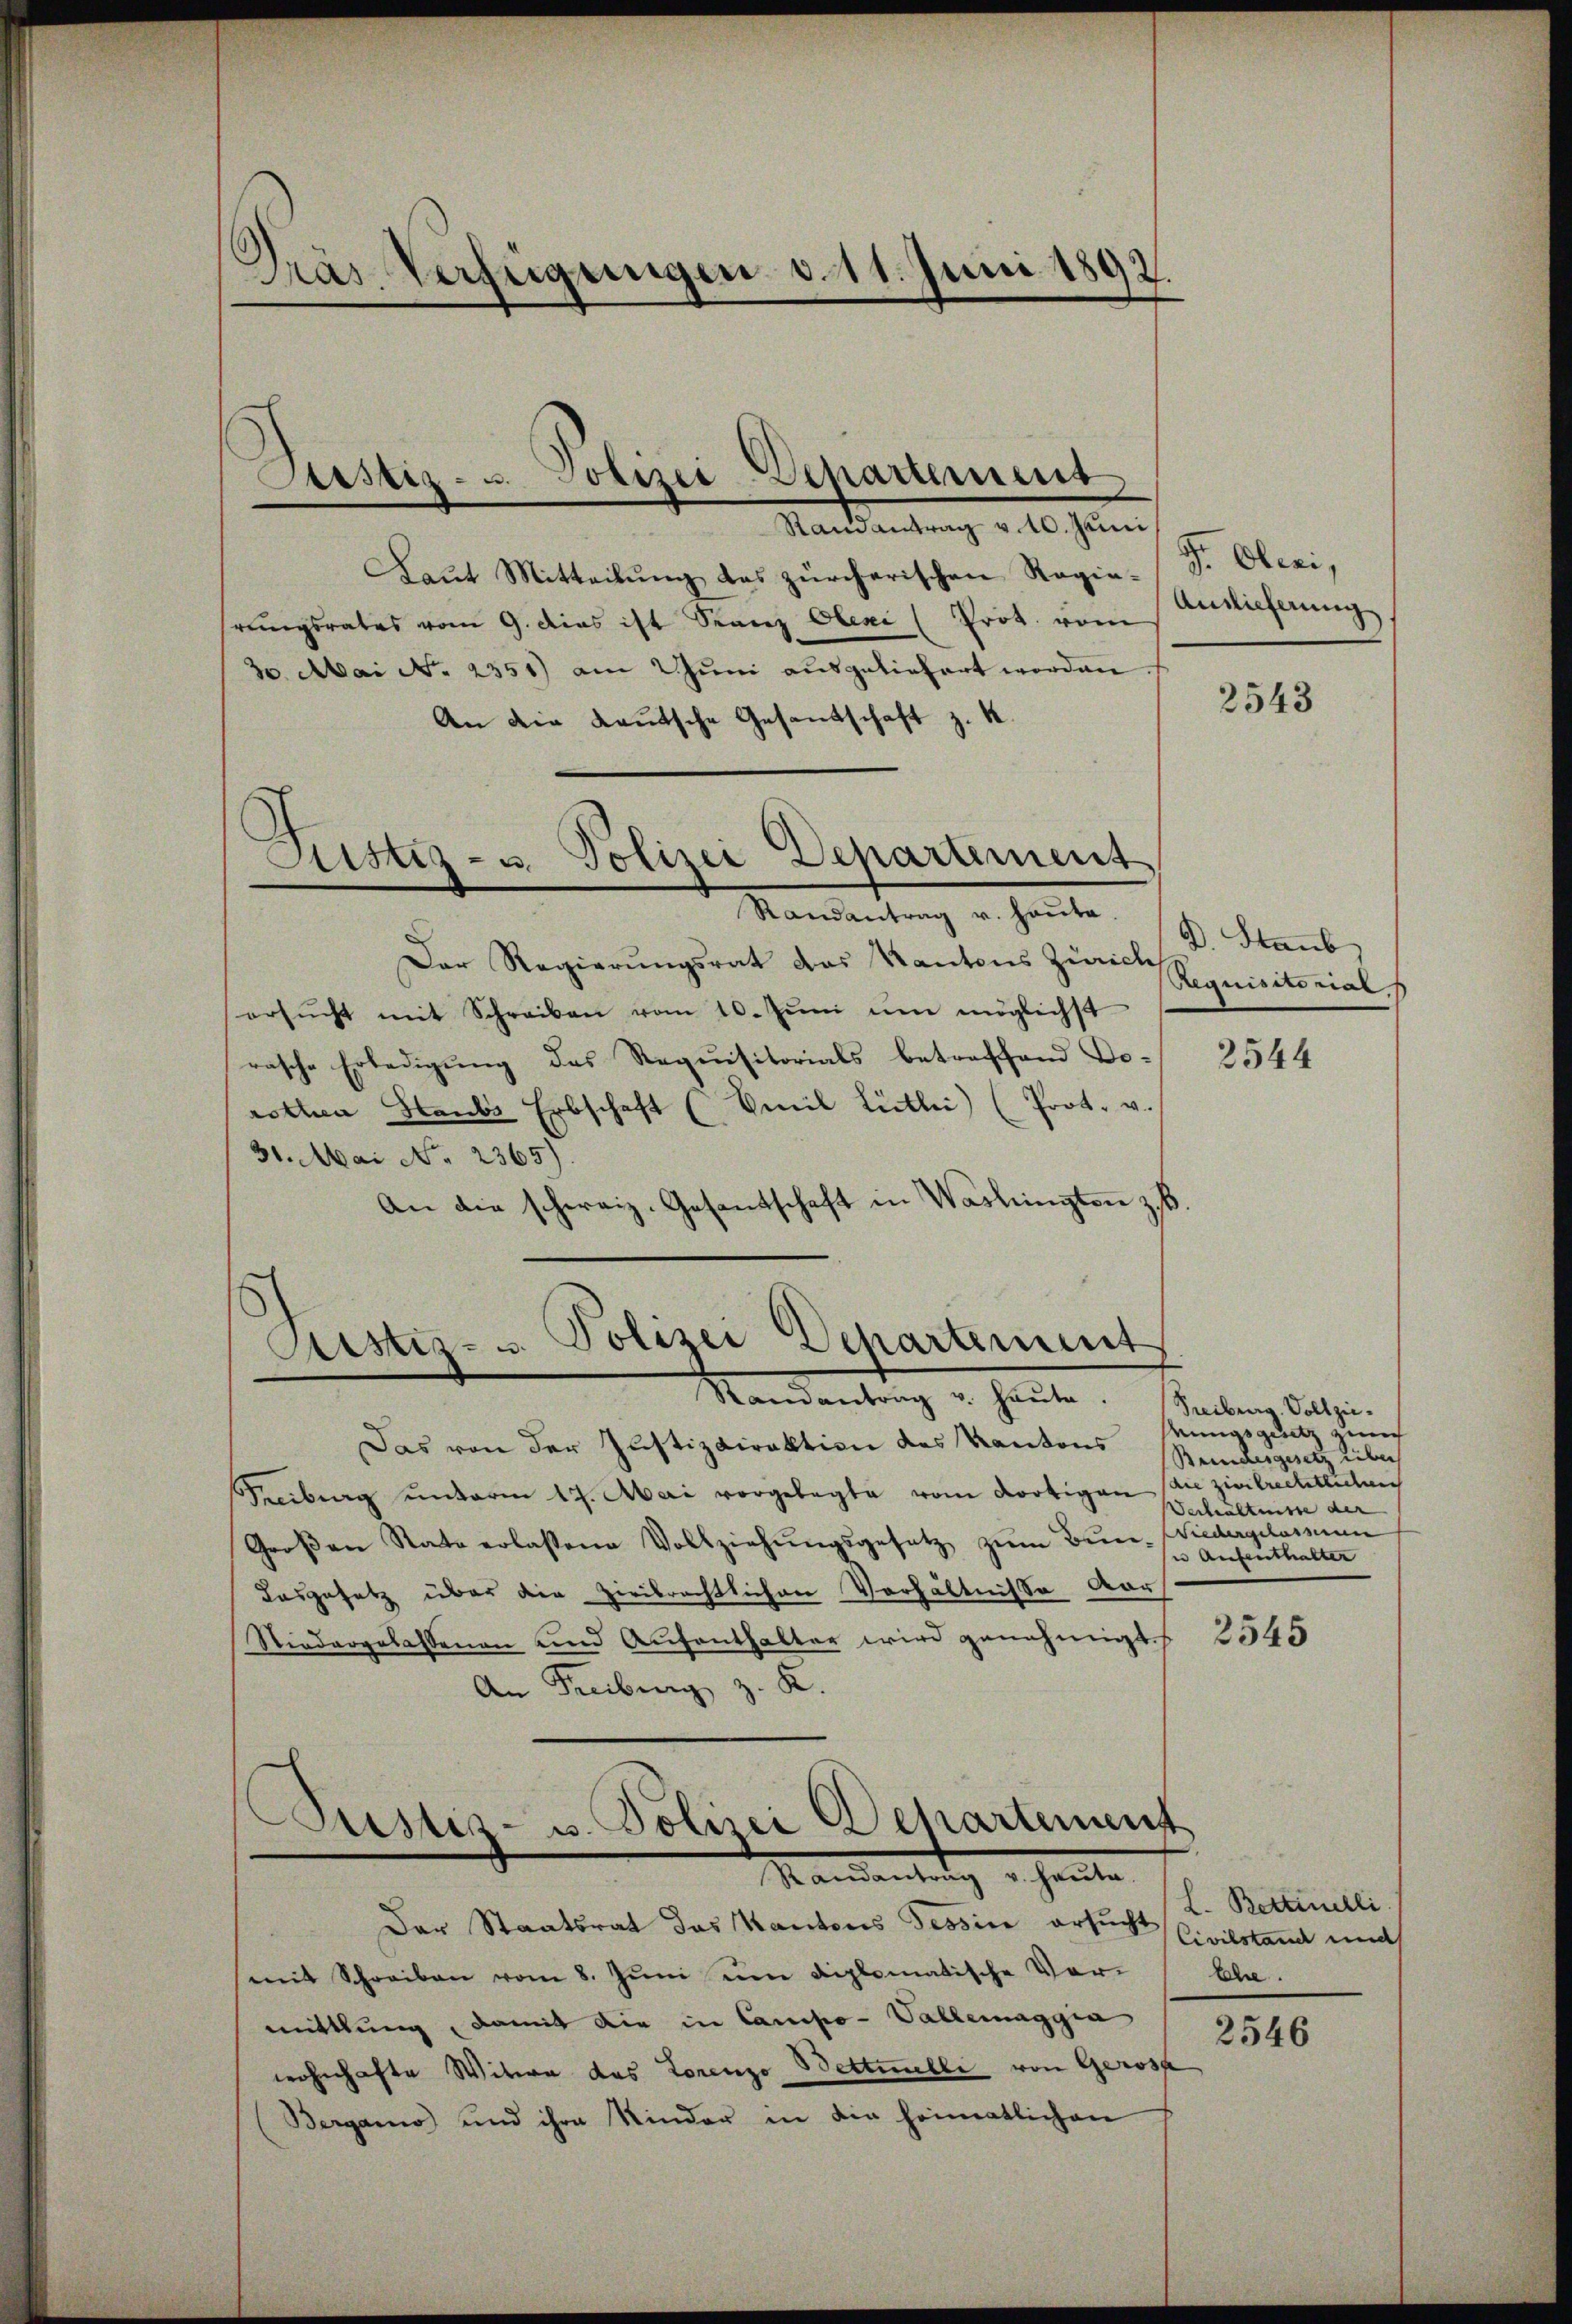
Dräs Verfügungen d. 11. Juni 1892.
e

Astiz- u. Polizei-Departement,

Justiz- u. Polizei Departement

Justiz- u. Polizei Departement

Randantrag v. 10. Juni
Laut Mitteilung des zürcherischen Regie-F. Oberi,
hrungsrates vom 9. dies ist Stanz Obeni (Prot. vom
30. Mai No 2351) am Juni ausgeliefert worden
An die Lautsche Gesandschaft z. K.
Randantrag u. haute.
Der Regierŭngsrat das Kantons Zürich Requisitorial s
ersŭcht mit Schreiben vom 10. Jŭni um möglichst
rasche Erledigung des Requisitorials betreffend Do- 2544
rothen Haubs Erbschaft (Emil Lütlei) (Port. v.
31. Mai No 2365).
An die schweiz. Gesantschaft in Washingten z. B.

Randentrag u. heute.
Das von der Justizdirektion des Kantons
Freiburg unterm 17. Mai vorgelegte vom dortigen die zivilrechtlichen
Groβen Rate erlassene Vollziehŭngsgesetz zŭm Bun- Wiedergelassen
Dasgesetz über die Zivilrechtlichen Verhältnisse vor¬
Niedergelassenen und Aufenthalter wird genehmigt. 2545
An Freiburg z. K.
Mandantung er heuten
Der Staatsrat das Kantons Tessin ersucht
mit Schreiben vom 8. Jŭni um diplomatische Vor-
mittlung, damit die in Campo-Vallemaggia
wohnhafte Witwe des Lorenzo Bettwilli von Gerose
Bergamo und ihre Kinder in die heimatlichen

Pustiz- u. Polizei Departement

Auslieferung.

2543

D. Staub

Freiburg. Vollzierungsgesetz nich
Beundesgesetz liber
Verhältnisse der
sn Aufenthalter

L. Bettinelli
Civilstand und
Ehe.

2546